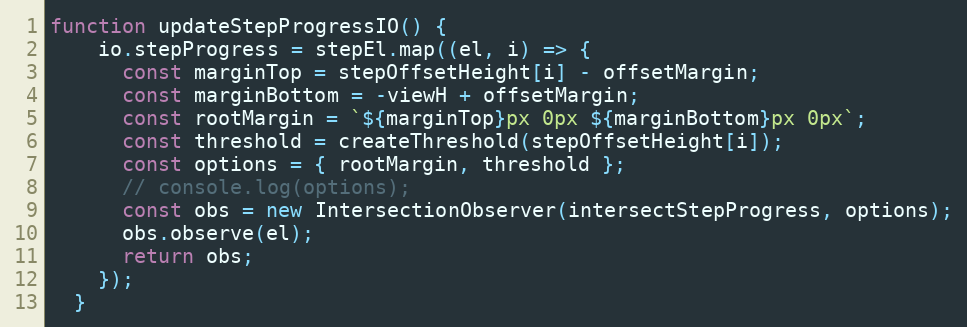
Language: JavaScript
function updateStepProgressIO() {
    io.stepProgress = stepEl.map((el, i) => {
      const marginTop = stepOffsetHeight[i] - offsetMargin;
      const marginBottom = -viewH + offsetMargin;
      const rootMargin = `${marginTop}px 0px ${marginBottom}px 0px`;
      const threshold = createThreshold(stepOffsetHeight[i]);
      const options = { rootMargin, threshold };
      // console.log(options);
      const obs = new IntersectionObserver(intersectStepProgress, options);
      obs.observe(el);
      return obs;
    });
  }